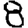
Digit: 8